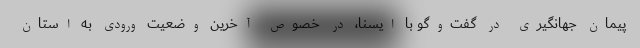
پیمان جهانگیری در گفت‌وگو با ایسنا، در خصوص آخرین وضعیت ورودی به استان